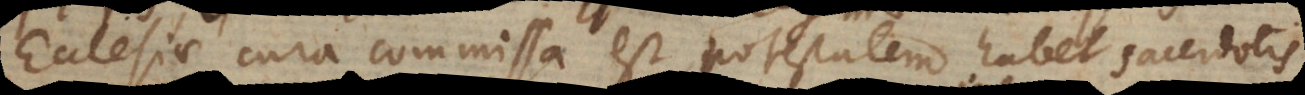
Ecclesiae cura commissa est, potestatem habet sacerdotis